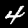
Label: 4